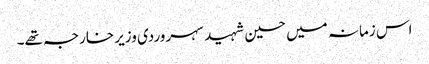
اس زمانہ میں حسین شہید سہروردی وزیر خارجہ تھے۔